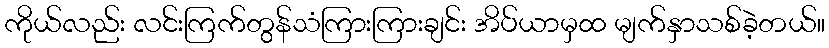
ကိုယ်လည်း လင်းကြက်တွန်သံကြားကြားချင်း အိပ်ယာမှထ မျက်နှာသစ်ခဲ့တယ်။